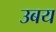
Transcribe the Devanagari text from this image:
उबय